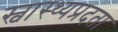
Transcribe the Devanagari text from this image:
स्वास्थ्यप्रदता